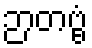
ဉာတဗ္ဗံ